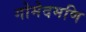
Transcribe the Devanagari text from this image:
गोमेदमणि